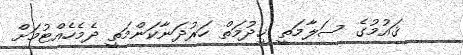
ޤައުމުގެ ސަލާމަތީ ޚިދުމަތް ހަރުދަނާކަންމަތީ ދެމެހެއްޓުމަށް